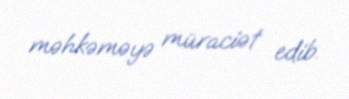
məhkəməyə müraciət edib.